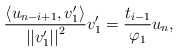
\begin{align*}\frac{\left<u_{n-i+1},v_1^\prime\right>}{\left|\left|v_1^\prime\right|\right|^2}v_1^\prime=\frac{t_{i-1}}{\varphi_1}u_n,\end{align*}